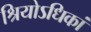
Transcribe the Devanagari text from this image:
श्रियोऽधिकां